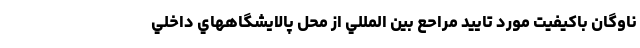
ناوگان باكيفيت مورد تاييد مراحع بين المللي از محل پالايشگاههاي داخلي